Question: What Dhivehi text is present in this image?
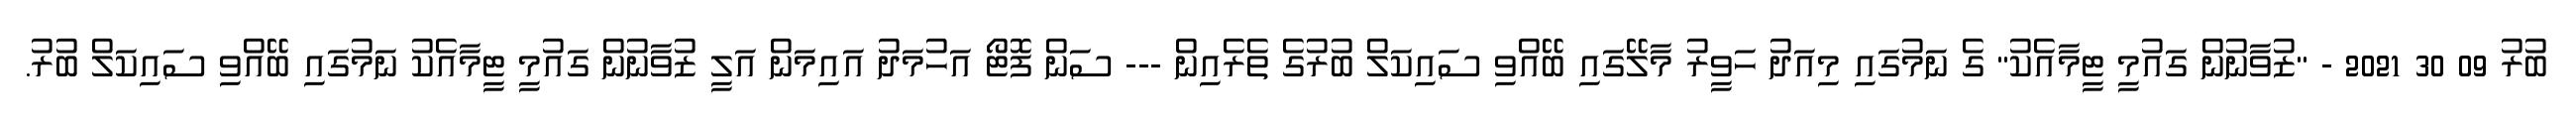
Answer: ބުރު 09 30 2021 - "ޒުވާނުން ގައުމީ ޓީމާއެކު" ގެ ނަމުގައި މިއަދު ހަވީރު މާލޭގައި ބޭއްވި ސައިކަލް ބުރުގެ ތެރެއިން --- ސަން ފޮޓޯ އަހުމަދު އައިމަން އަލީ ޒުވާނުން ގައުމީ ޓީމާއެކު ނަމުގައި ބޭއްވި ސައިކަލް ބުރު.